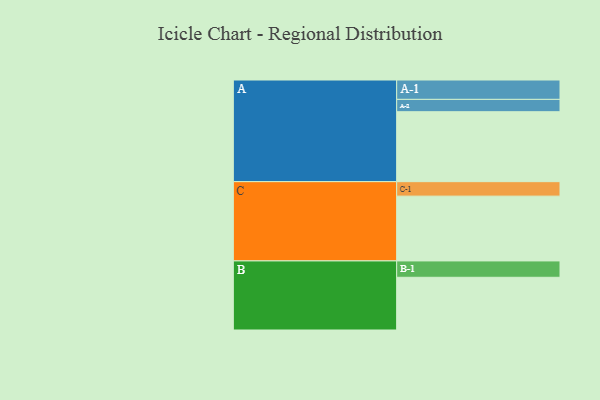
{"axis": {"x": "Segment", "y": "Value"}, "legend": ["", "A", "B", "C"], "data": [{"x": "A", "y": 556, "type": ""}, {"x": "B", "y": 419, "type": ""}, {"x": "C", "y": 515, "type": ""}, {"x": "A-1", "y": 154, "type": "A"}, {"x": "A-2", "y": 98, "type": "A"}, {"x": "B-1", "y": 130, "type": "B"}, {"x": "C-1", "y": 115, "type": "C"}]}